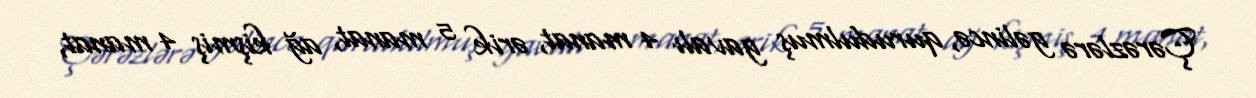
Çərəzlərə gəlincə, qurudulmuş gavalı 4 manat, ərik 5 manat, ağ kişmiş 4 manat,